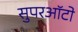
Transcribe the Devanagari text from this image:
सुपरऑटो